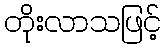
တိုးလာသဖြင့်